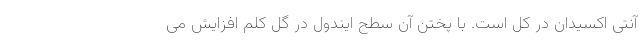
آنتی اکسیدان در کل است. با پختن آن سطح ایندول در گل کلم افزایش می